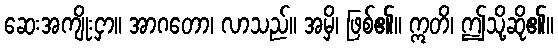
ဆေးအကျိုးငှာ။ အာဂတော၊ လာသည်။ အမှိ၊ ဖြစ်၏။ ဣတိ၊ ဤသို့ဆို၏။